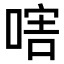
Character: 𠷪